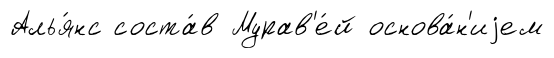
Алья́нс соста́в Мурав'е́й основа́н'иjем